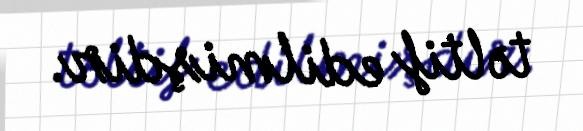
təltif edilmişdir.